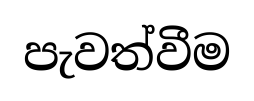
පැවත්වීම